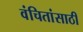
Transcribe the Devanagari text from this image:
वंचितांसाठी